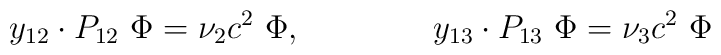
y_{12}  \cdot P _{12} \   \Phi = \nu _2 c^2  \     \Phi,      \qquad \qquad      y_{13}  \cdot P _{13}  \   \Phi = \nu _3  c^2   \  \Phi